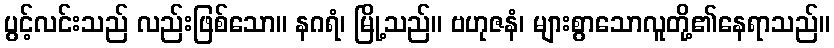
ပွင့်လင်းသည် လည်းဖြစ်သော။ နဂရံ၊ မြို့သည်။ ဗဟုဇနံ၊ များစွာသောလူတို့၏နေရာသည်။